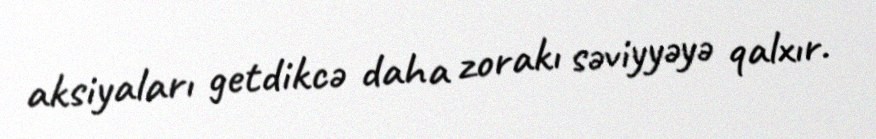
aksiyaları getdikcə daha zorakı səviyyəyə qalxır.